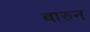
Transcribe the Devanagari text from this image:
बारुन